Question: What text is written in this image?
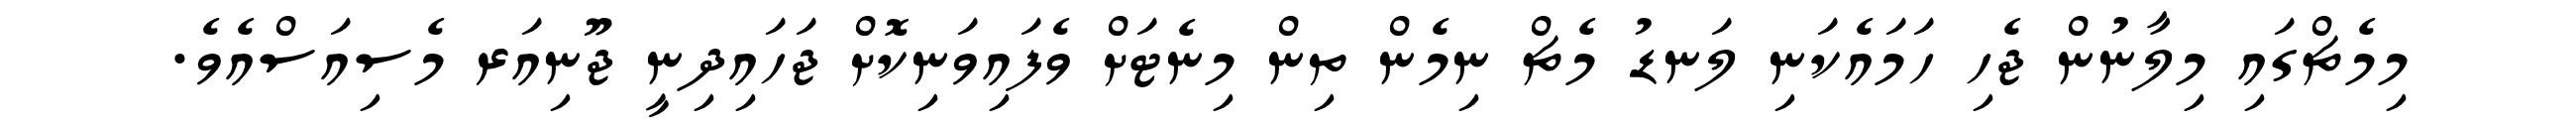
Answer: މިމެޗްގައި މިލާނުން ޖެހި ހަމައެކަނި ލަނޑު މެޗް ނިމެން ތިން މިނެޓަށް ވެފައިވަނިކޮށް ޖަހައިދިނީ ޖޫނިއަރ މެސިއަސްއެވެ.